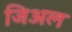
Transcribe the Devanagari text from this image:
जिअल